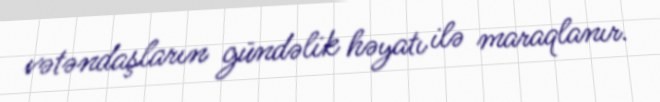
vətəndaşların gündəlik həyatı ilə maraqlanır.